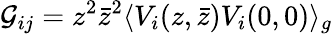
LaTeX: {\cal G}_{ij}=z^{2}{\bar{z}}^{2}\langle V_{i}(z,{\bar{z}})V_{i}(0,0)\rangle_{g}